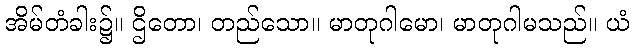
အိမ်တံခါး၌။ ဌိတော၊ တည်သော။ မာတုဂါမော၊ မာတုဂါမသည်။ ယံ